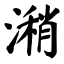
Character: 潲